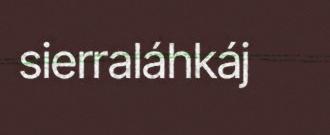
sierraláhkáj